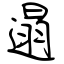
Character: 遢